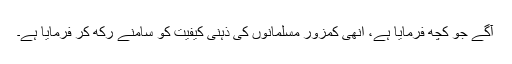
آگے جو کچھ فرمایا ہے، اِنھی کمزور مسلمانوں کی ذہنی کیفیت کو سامنے رکھ کر فرمایا ہے۔